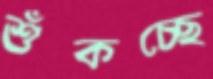
শুঁকচ্ছে